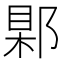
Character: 𨜑